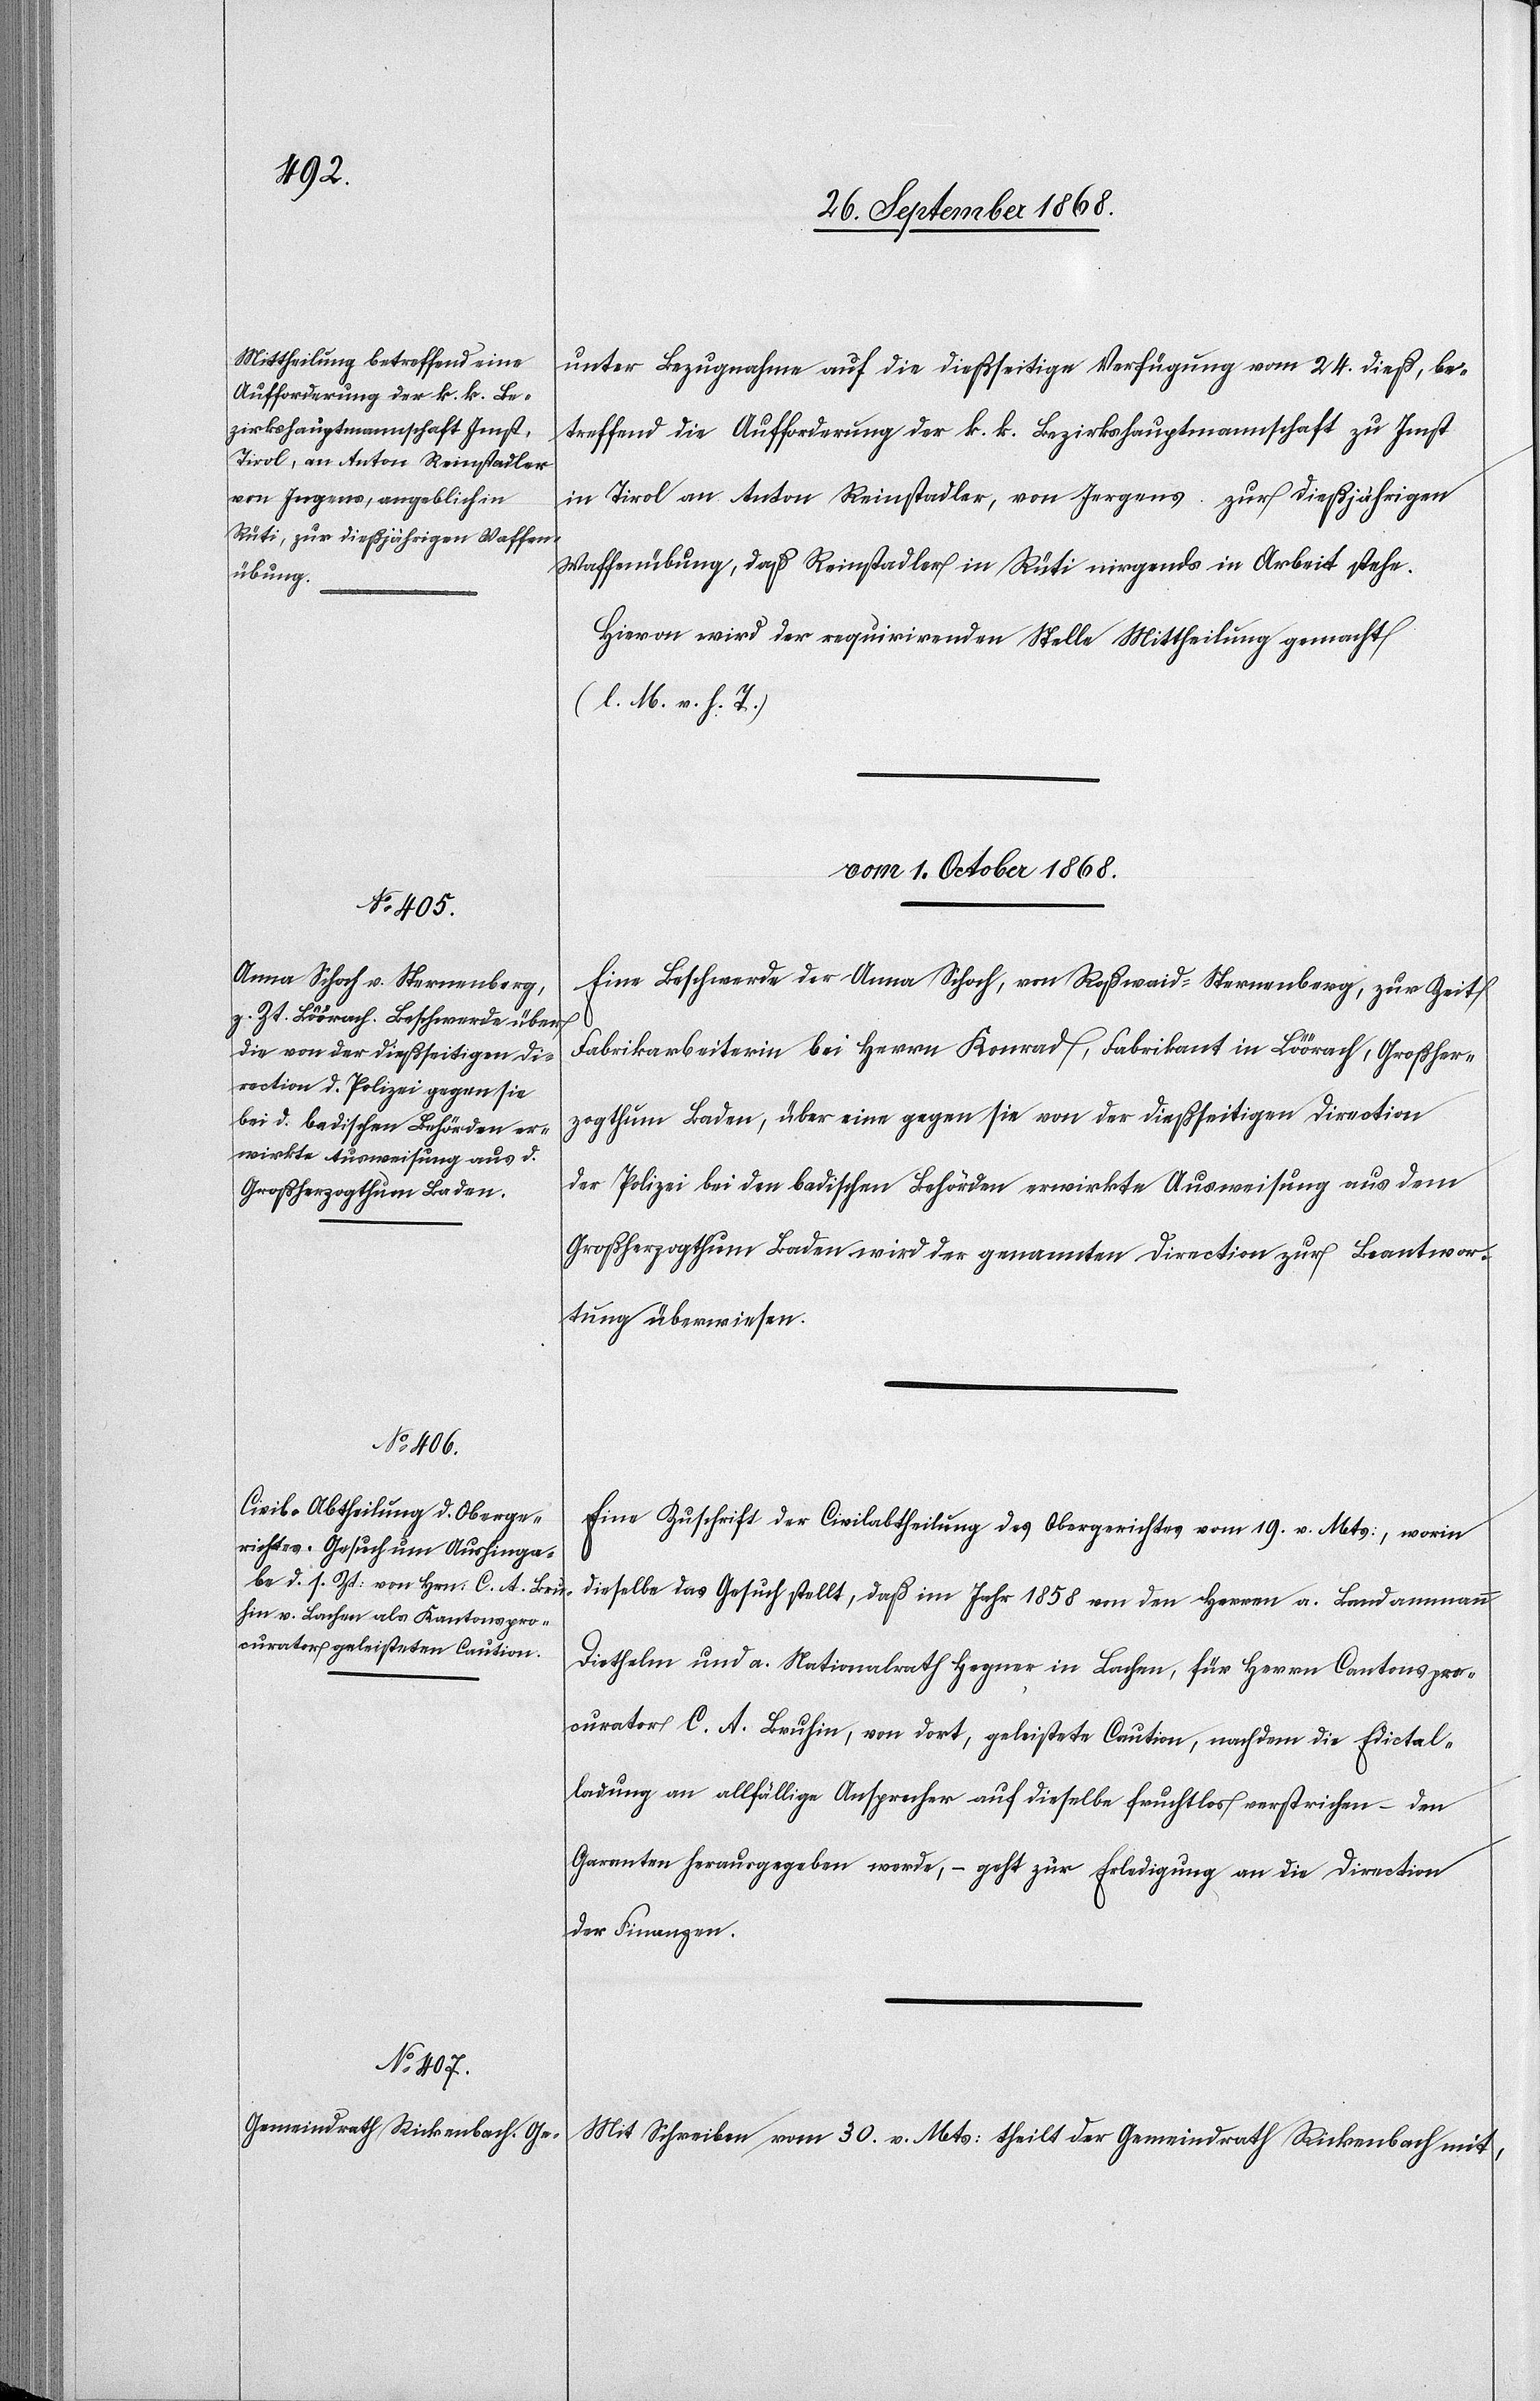
unter Bezugnahme auf die dießseitige Verfügung vom 24. dieß, be¬
treffend die Aufforderung der k. k. Bezirkshauptmannschaft zu Imst
in Tirol an Anton Reinstadler, von Jergens zur dießjährigen
Waffenübung, daß Reinstadler in Rüti nirgends in Arbeit stehe.
Hievon wird der requirirenden Stelle Mittheilung gemacht
(l. M. v. h. T.)
vom 1. October 1868.]
Eine Beschwerde der Anna Schoch, von Roßwaid - Sternenberg, zur Zeit
Fabrikarbeiterin bei Herrn Konrad, Fabrikant in Löörach, Großher¬
zogthum Baden, über eine gegen sie von der dießseitigen Direction
der Polizei bei den badischen Behörden erwirkte Ausweisung aus dem
Großherzogthum Baden wird der genannten Direction zur Beantwor¬
tung überwiesen.
Eine Zuschrift der Civilabtheilung des Obergerichtes vom 19. v. Mts:, worin
dieselbe das Gesuch stellt, daß [die] im Jahr 1858 von den Herren a. Landammann
Diethelm und a. Nationalrath Hegner in Lachen, für Herrn Cantonspro¬
curator C. A. Bruhin, von dort, geleistete Caution, nachdem die Edictal¬
ladung an allfällige Ansprecher auf dieselbe fruchtlos verstrichen – den
Garanten herausgegeben werde; – geht zur Erledigung an die Direction
der Finanzen.
Mit Schreiben vom 30. v. Mts: theilt der Gemeindrath Rickenbach mit,